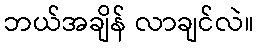
ဘယ်အချိန် လာချင်လဲ။